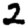
Digit: 2